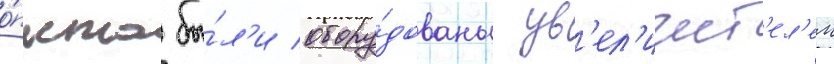
о́пыта бы́л'и обору́дованы ув'ел'ичит'ел'ем